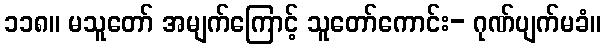
၁၁၈။ မသူတော် အမျက်ကြောင့် သူတော်ကောင်း- ဂုဏ်ပျက်မခံ။